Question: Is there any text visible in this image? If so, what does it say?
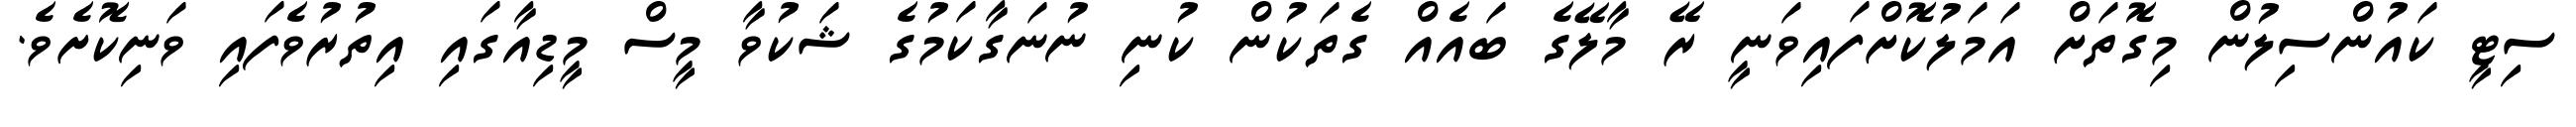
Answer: ސިޓީ ކައުންސިލުން މިގޮތަށް އަމަލުކޮށްފައިވަނީ ރޭ މާލޭގެ ބައެއް ގެތަކުން ކުނި ނުނަގާކަމުގެ ޝަކުވާ މީސް މީޑިއާގައި އިތުރުވެފައި ވަނިކޮށެވެ.